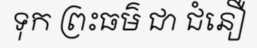
ទុក ព្រះធម៌ ជា ជំនឿ